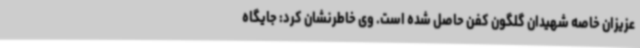
عزیزان خاصه شهیدان گلگون کفن حاصل شده است. وی خاطرنشان کرد: جایگاه